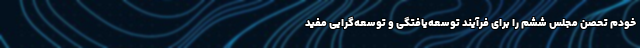
خودم تحصن مجلس ششم را برای فرآیند توسعه‌یافتگی و توسعه‌گرایی مفید